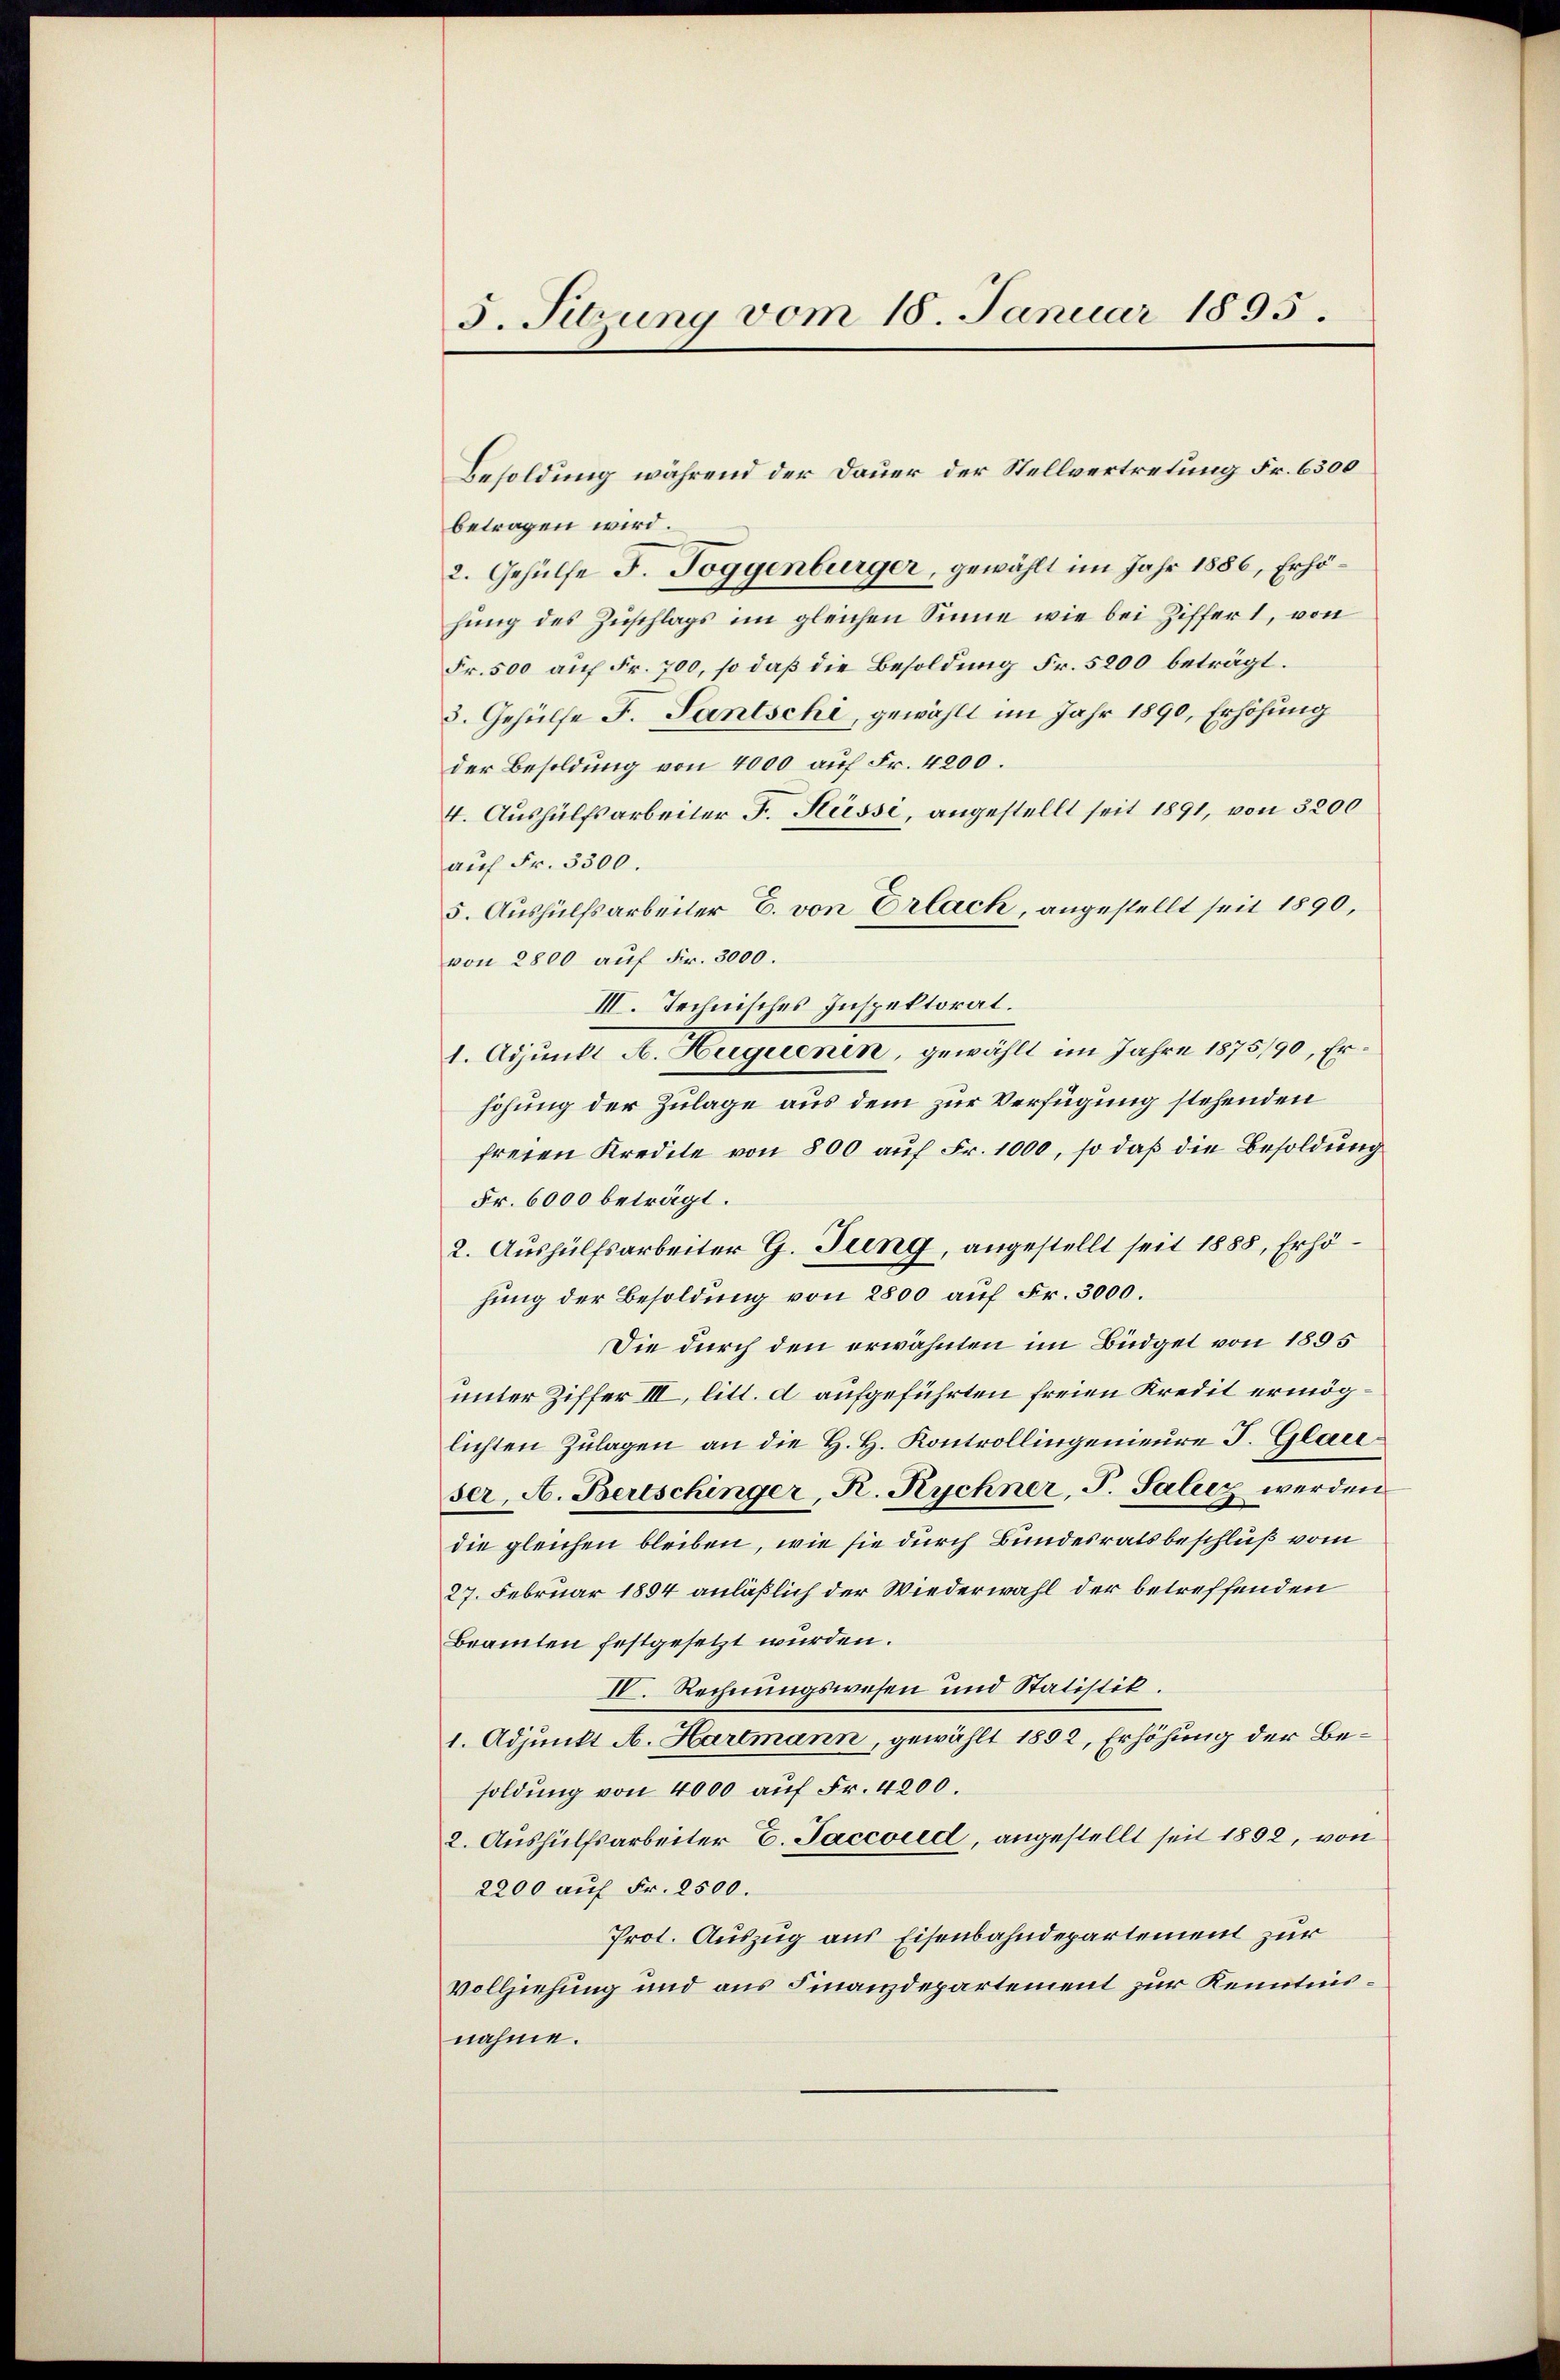
5. Sitzung vom 18. Januar 1895.

Besoldung während der Dauer der Stellvertretung Fr. 6300
betragen wird.
2. Gehülfe J. Toggenburger, gewählt im Jahr 1886, Erhöhung des Zuschlags im gleichen Sinne wie bei Ziffert, von
Fr. 500 auf Fr. 700, so daß die Besoldung Fr. 5200 beträgt.
3. Gehülfe F. Santschi, gewählt im Jahr 1890, Erhöhung
der Besoldung von 4000 auf Fr. 4200.
4. Aushülfsarbeiter F. Küssi, angestellt seit 1891, von 3200
auf Fr. 3300.
5. Aushülfsarbeiter E. von Erlach, angestellt seit 1890,
von 2800 auf Fr. 3000.
III. Technisches Inspektorat.
1. Adjunkt A. Auguenin, gewählt im Jahre 1875/90, Erhöhung der Zulage aus dem zur Verfügung stehenden
freien Kredite von 800 auf Fr. 1000, so daß die Besoldung
Fr. 6000 beträgt.
2. Aushülfsarbeiter G. Jung, angestellt seit 1888, Erhöhung der Besoldung von 2800 auf Fr. 3000.
Die durch den erwähnten im Büdget von 1895
unter Ziffer III, litt. d aufgeführten freien Kredit ermöglichten Zulagen an die H. H. Kontrollingenieure J. Glace
ser, A. Bertschinger, K. Rychner, J. Salicz werden
die gleichen bleiben, wie sie durch Bundesratsbeschluß vom
27. Februar 1894 anläßlich der Wiederwahl der betreffenden
Beamten festgesetzt wurden.
IV. Rechnungswesen und Statistik.
1. Adjunkt A. Hartmann, gewählt 1892, Erhöhung der Besoldung von 4000 auf Fr. 4200.
2. Aushülfsarbeiter E. Saccord, angestellt seit 1892, von
2200 auf Fr. 2500.
Prot. Auszug aus Eisenbahndepartement zur
Vollziehung und aus Finanzdepartement zur Kenntnisnahme.